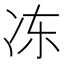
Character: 冻